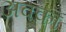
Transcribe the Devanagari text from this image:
अवका